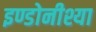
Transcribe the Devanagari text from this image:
इण्डोनीश्या